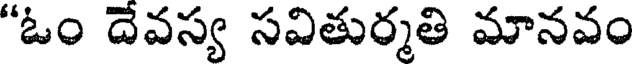
"ఓం దేవస్య సవితుర్మతి మానవం